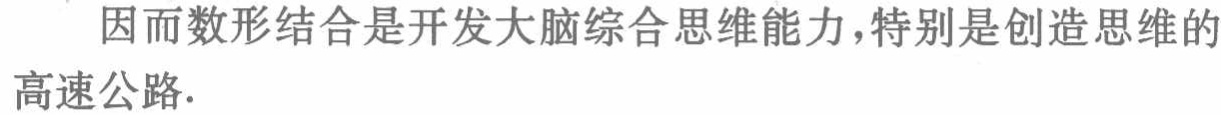
因而数形结合是开发大脑综合思维能力,特别是创造思维的高速公路.